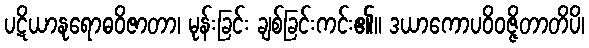
ပဋိယာနုရောဓဝိဇာတာ၊ မုန်းခြင်း ချစ်ခြင်းကင်း၏။ ဒယာကောပဝိဝဇ္ဇိတာတိပိ၊